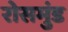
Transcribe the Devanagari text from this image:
रोसमुंड